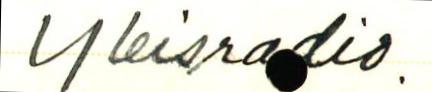
Yleisradio